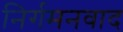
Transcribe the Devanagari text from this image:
निर्गमनवाद